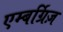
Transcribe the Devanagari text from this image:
एम्बर्ग्रिज़